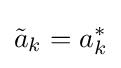
{\tilde {a}}_{k}=a_{k}^{*}